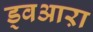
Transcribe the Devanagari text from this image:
ड्वआऱा